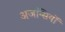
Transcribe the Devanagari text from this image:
अजन्सियों